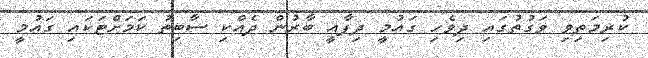
ކުރިމަތިވި ވަގުތުގައި ދިވެހި ގައުމީ ދިފާއީ ބާރުން ދެއްކި ސާބިތު ކަމަށްޓަކައި ގައުމީ